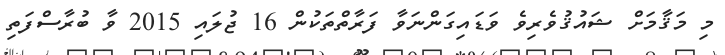
މި މަޤާމަށް ޝައުޤުވެރިވެ ވަޑައިގަންނަވާ ފަރާތްތަކުން 16 ޖުލައި 2015 ވާ ބުރާސްފަތި